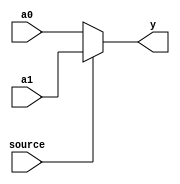
module mux2x32 (source, a0, a1,
				y);

   input        source;
   input [31:0] a0,a1;
      
   output [31:0] y;
   
   assign y = source ? a1 : a0;
   
endmodule